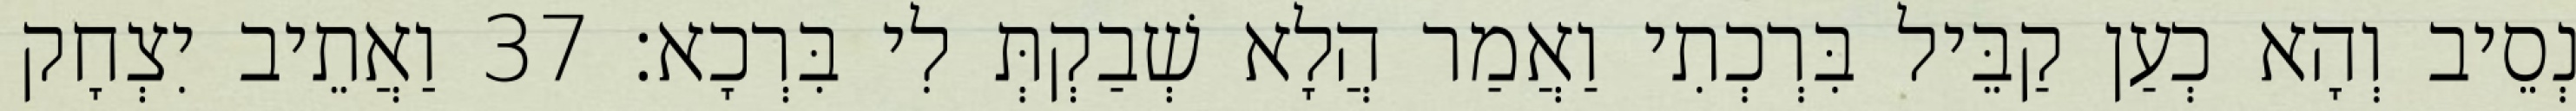
נְסֵיב וְהָא כְעַן קַבֵּיל בִּרְכְתִי וַאֲמַר הֲלָא שְׁבַקְתְּ לִי בִּרְכָא׃ 37 וַאֲתֵיב יִצְחָק